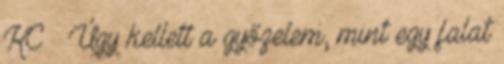
KC – Úgy kellett a győzelem, mint egy falat